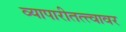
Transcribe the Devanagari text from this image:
व्यापारीतत्त्वावर